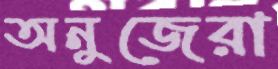
অনুজেরা